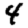
Digit: 4